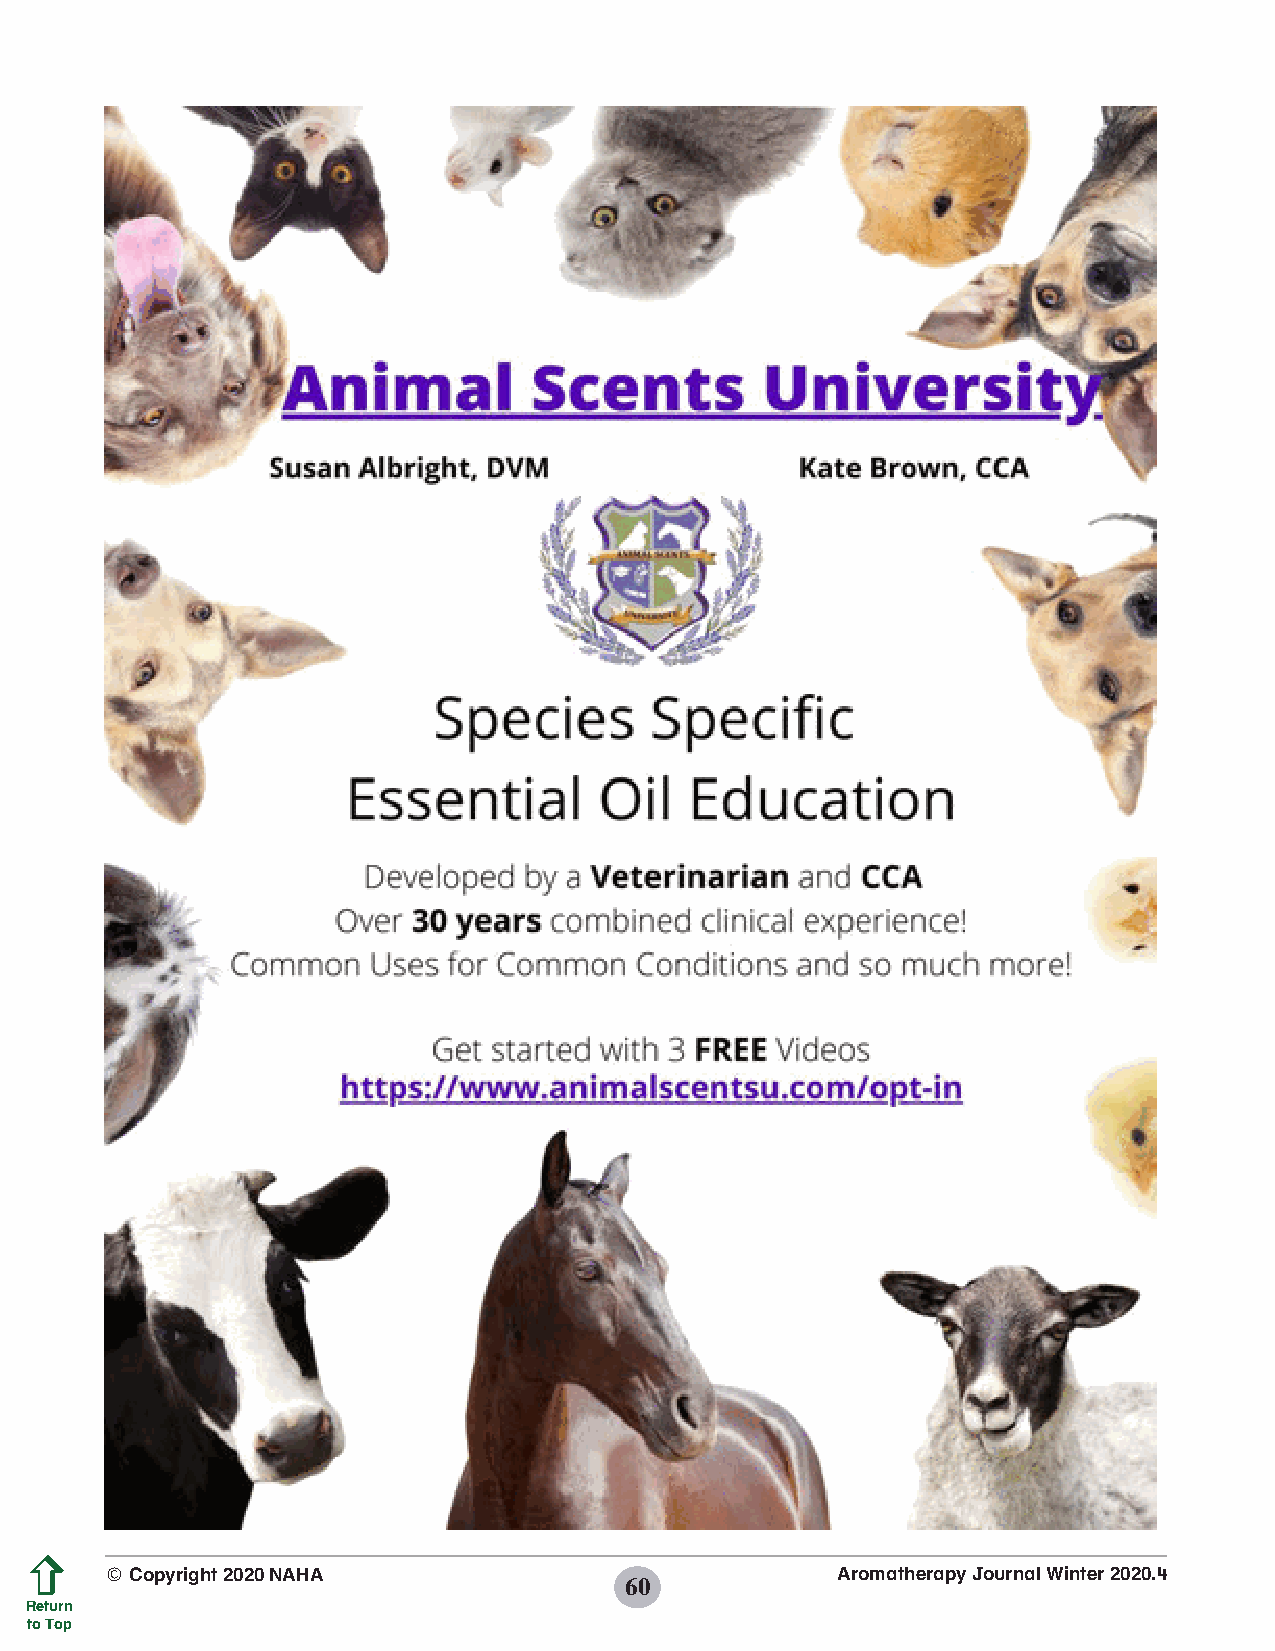
© Copyright 2020 NAHA                           Aromatherapy Journal Winter 2020.4
 60
 Return
 to Top
 